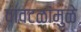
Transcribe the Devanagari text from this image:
वावटळांमुळे